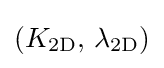
(K_{\mathrm {2D} },\,\lambda _{\mathrm {2D} })